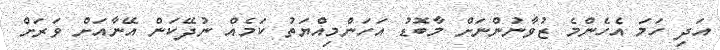
އަދި ހަމަ އެހެންމެ ޒުވާނުންނަށް މާބޮޑު އަހަންމިއްޔަތު ކަމެއް ނުދޭކަން އޭނާއަށް ވަރަށް